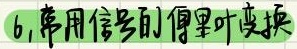
6. 常用信号的傅里叶变换